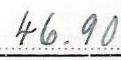
46.90